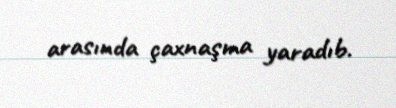
arasında çaxnaşma yaradıb.